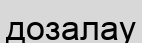
дозалау